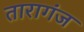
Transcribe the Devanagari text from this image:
तारागंज